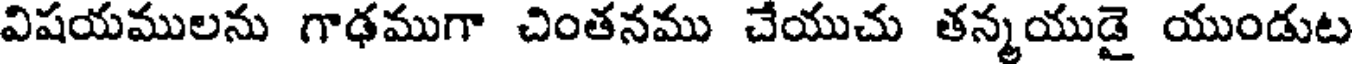
విషయములను గాఢముగా చింతనము చేయుచు తన్మయుడై యుండుట